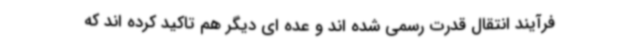
فرآیند انتقال قدرت رسمی شده اند و عده ای دیگر هم تاکید کرده اند که